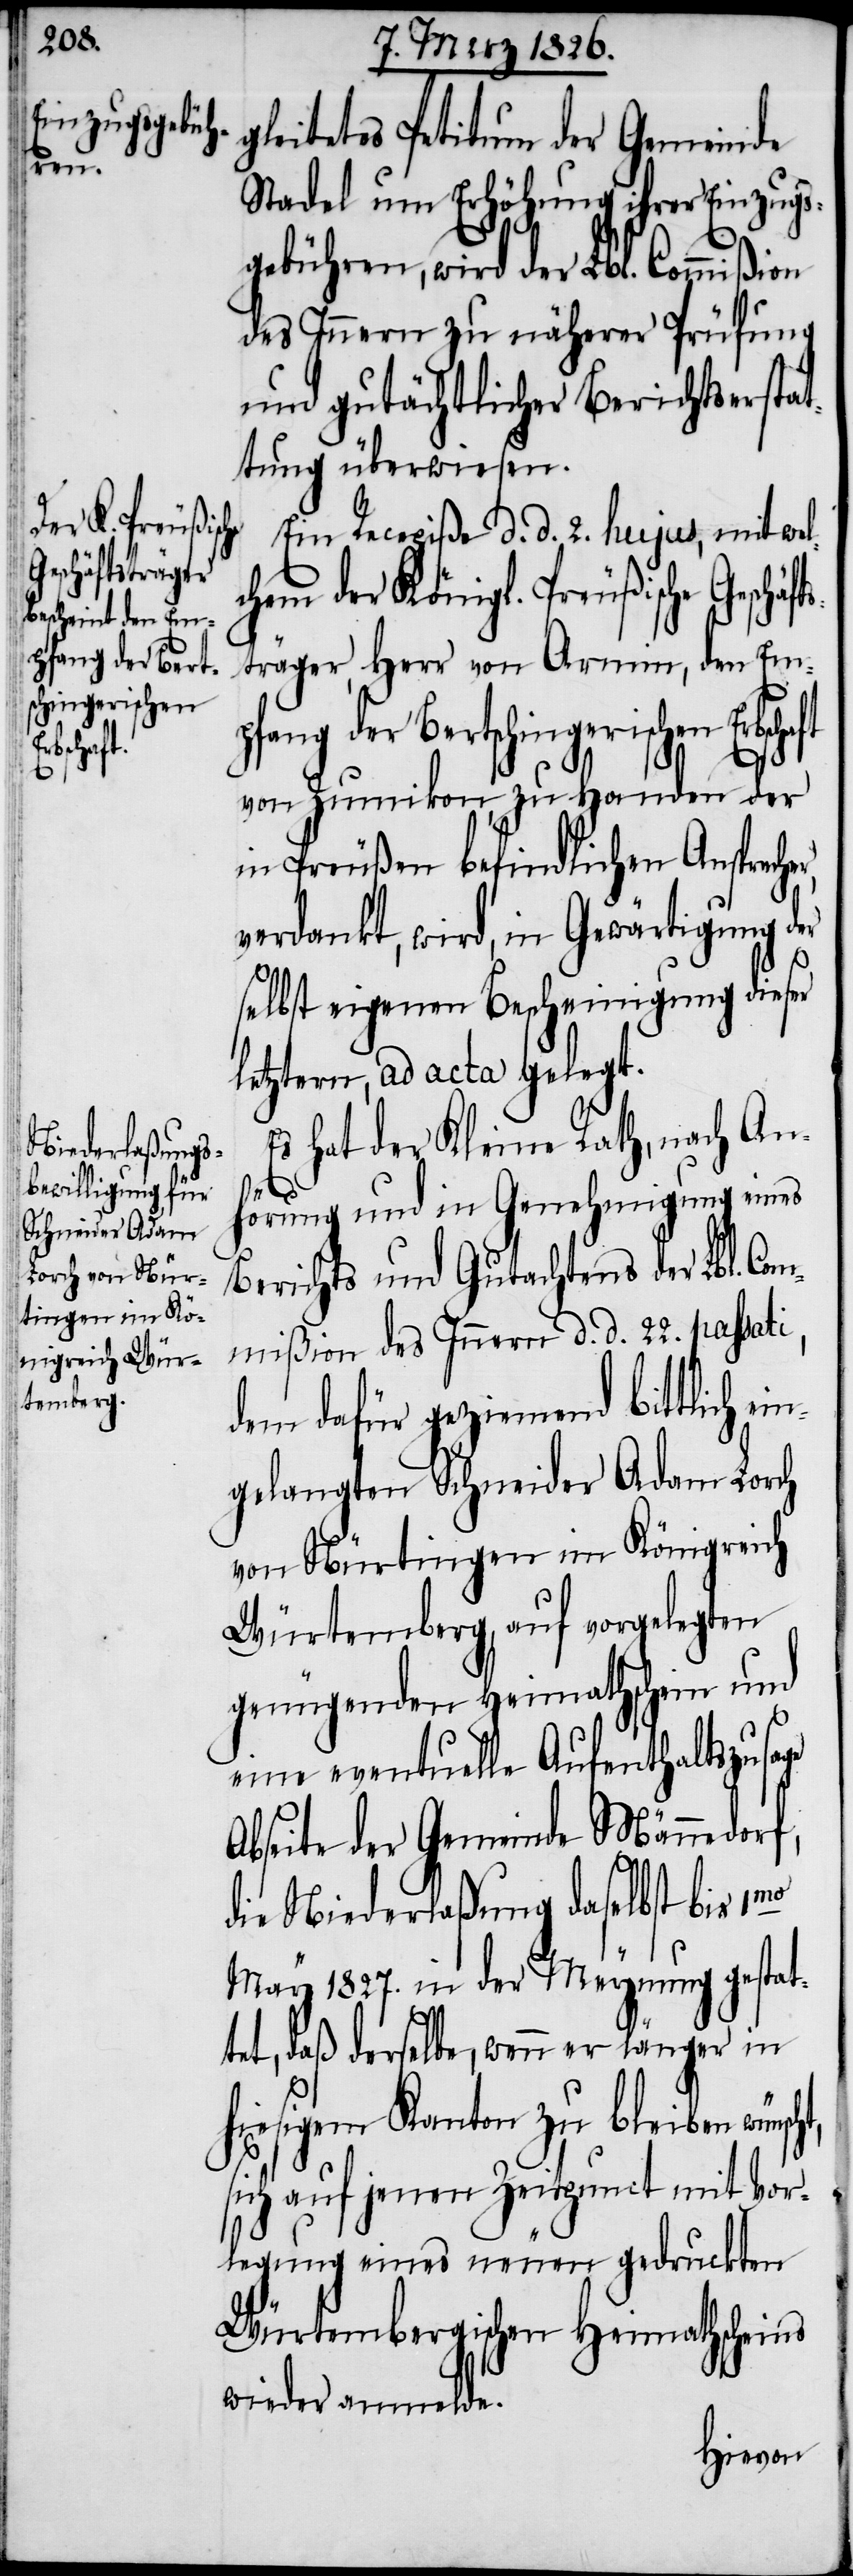
t,
pfang der Berts¬
chingerischen
cher,

gleitetes Petitum der Gemeinde
Stadel um Erhöhung ihrer Einzugs¬
gebühren, wird der Lbl. Commißion
des Innern zu näherer Prüfung
und gutächtlicher Berichtserstat¬
tung überwiesen.
Ein Recepiße d. d. 2. hujus, mit wel¬
chem der Königl. Preußische
sträger, Herr von Armin, den Em¬
von Zumikon, zu Handen der
in Preußen befindlichen Anspre¬
verdankt, wird, in Gewärtigung der
selbst eigenen Bescheinigung dieser
letztern, ad acta gelegt.
Es hat der Kleine Rath, nach An¬
hörung und in Genehmigung eines
Berichts und Gutachtens der Lbl. Com¬
mißion des Innern d. d. 22. passati,
dem dafür geziemend bittlich ei¬
ngelangten Schneider Adam Lorch
von Nürtingen im Königreich
Würtemberg, auf vorgelegten
genügenden Heimathschein und
eine eventuelle Aufenthaltszusage
Abseite der Gemeinde Männedorf,
die Niederlaßung daselbst bis 1mo
May 1827. in der Meynung gestat¬
tet, daß derselbe, wenn er länger in
hiesigem Kanton zu bleiben wünsch¬
sich auf jenen Zeitpunct mit Vor¬
legung eines neuen gedruckten
Würtembergischen Heimathscheins
wieder anmelde.